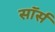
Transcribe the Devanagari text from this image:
सॉर्स